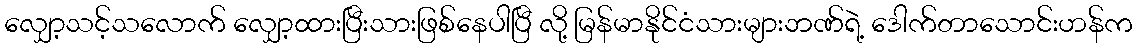
လျှော့သင့်သလောက် လျှော့ထားပြီးသားဖြစ်နေပါပြီ လို့ မြန်မာနိုင်ငံသားများဘဏ်ရဲ့ ဒေါက်တာသောင်းဟန်က